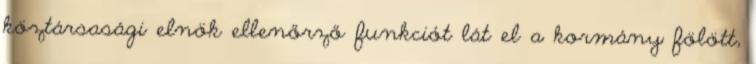
köztársasági elnök ellenőrző funkciót lát el a kormány fölött,